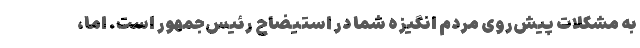
به مشکلات پیش‌روی مردم انگیزه شما در استیضاح رئیس‌جمهور است. اما،